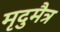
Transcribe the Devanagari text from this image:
मृदुमैत्र